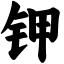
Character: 钾